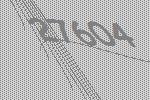
27604